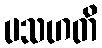
ပသဟတိ